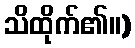
သိထိုက်၏။)